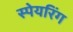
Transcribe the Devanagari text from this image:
स्पेयरिंग